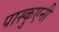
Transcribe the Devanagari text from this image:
पास्कुएनी